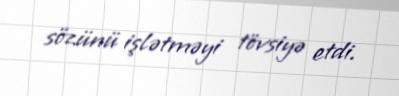
sözünü işlətməyi tövsiyə etdi.